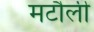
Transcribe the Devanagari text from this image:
मटौली